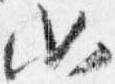
如